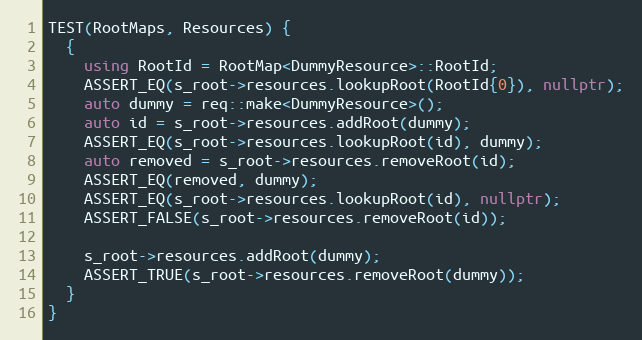
Language: C++
TEST(RootMaps, Resources) {
  {
    using RootId = RootMap<DummyResource>::RootId;
    ASSERT_EQ(s_root->resources.lookupRoot(RootId{0}), nullptr);
    auto dummy = req::make<DummyResource>();
    auto id = s_root->resources.addRoot(dummy);
    ASSERT_EQ(s_root->resources.lookupRoot(id), dummy);
    auto removed = s_root->resources.removeRoot(id);
    ASSERT_EQ(removed, dummy);
    ASSERT_EQ(s_root->resources.lookupRoot(id), nullptr);
    ASSERT_FALSE(s_root->resources.removeRoot(id));

    s_root->resources.addRoot(dummy);
    ASSERT_TRUE(s_root->resources.removeRoot(dummy));
  }
}